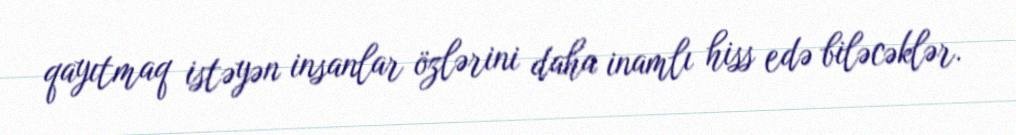
qayıtmaq istəyən insanlar özlərini daha inamlı hiss edə biləcəklər.